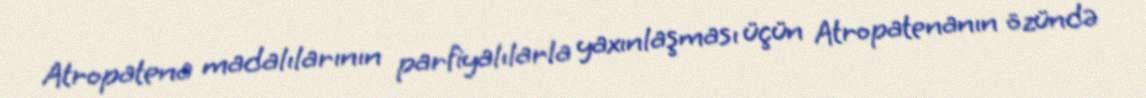
Atropatena madalılarının parfiyalılarla yaxınlaşması üçün Atropatenanın özündə